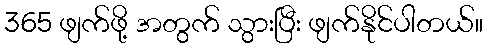
365 ဖျက်ဖို့ အတွက် သွားပြီး ဖျက်နိုင်ပါတယ်။